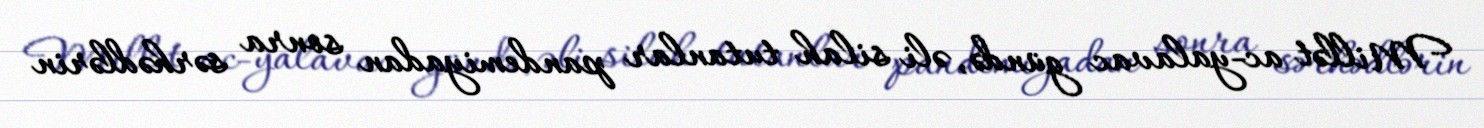
Millət ac-yalavac gündə, əli silah tutanlar pandemiyadan sonra sərhədlərin